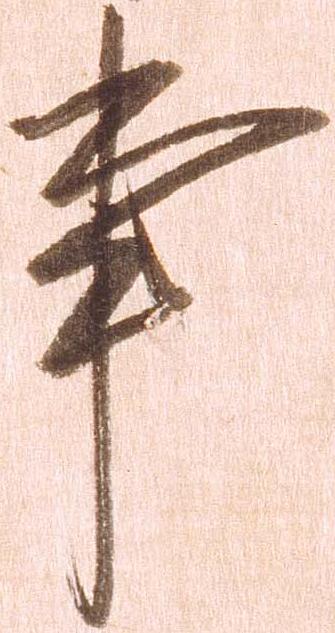
事